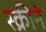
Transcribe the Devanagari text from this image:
स्क्रीने